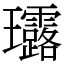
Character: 𤫢